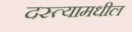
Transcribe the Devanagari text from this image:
दस्त्यामधील